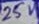
Text: 25V